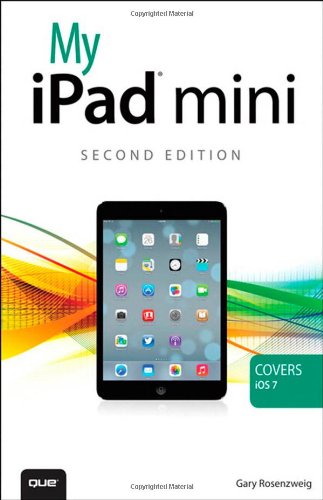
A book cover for My iPad mini (covers iOS 7) (2nd Edition); Gary Rosenzweig; Computers & Technology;